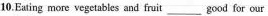
10.Eating more vegetables and fruit ___ good for our